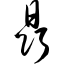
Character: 晶